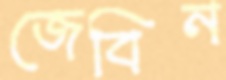
জেবিন